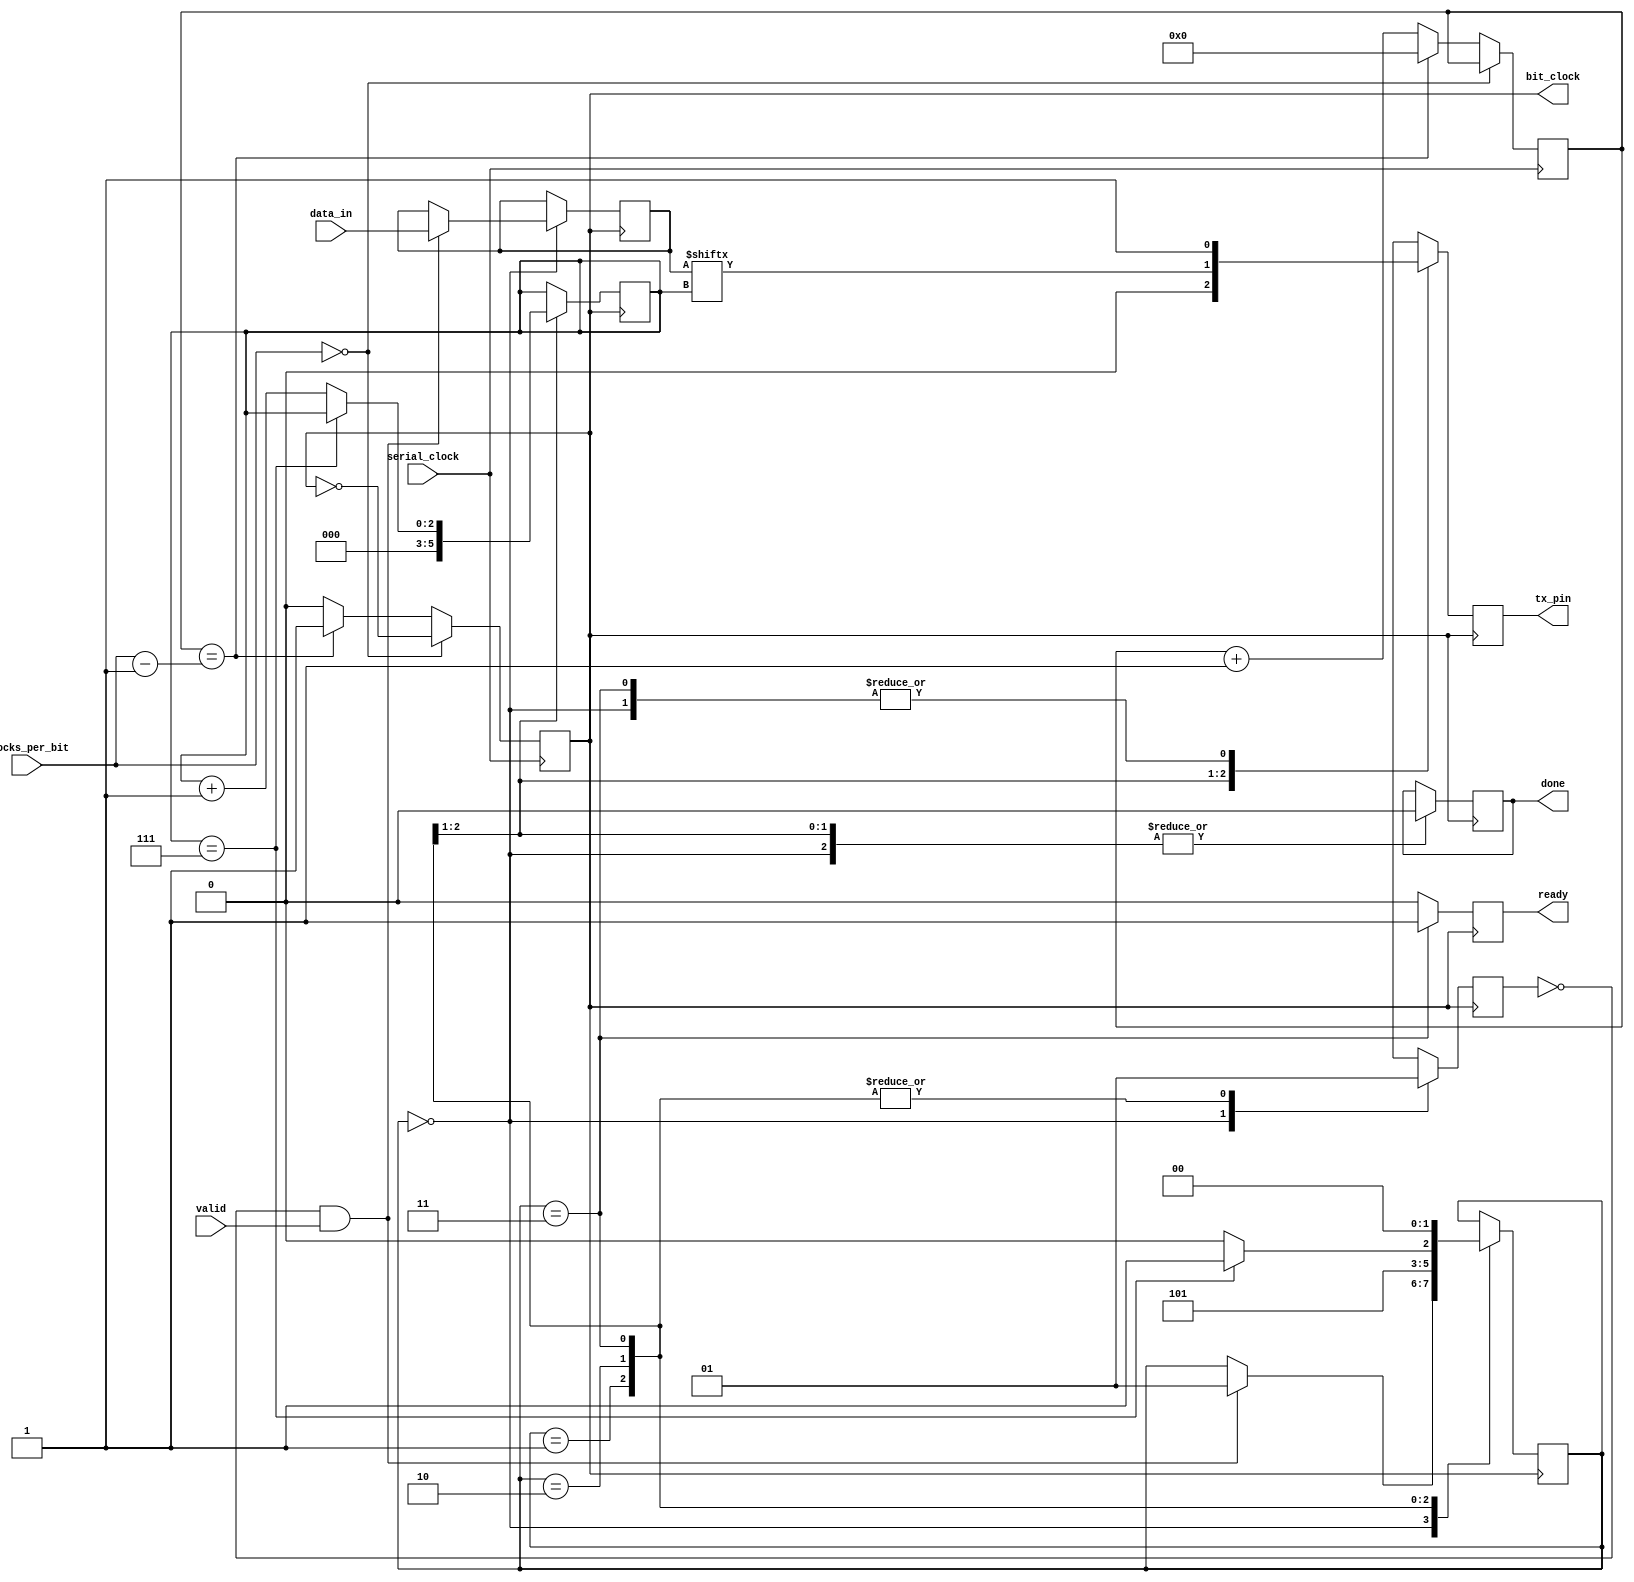
module usart_tx (
    input serial_clock,
    input [11:0] clocks_per_bit,
    output reg bit_clock = 1'b0,

    input [7:0] data_in,
    input valid,
    output reg ready,

    output reg done,
    output reg tx_pin
);

    localparam IDLE = 0;
    localparam START_BIT = 1;
    localparam DATA_BIT = 2;
    localparam STOP_BIT = 3;

    reg [11:0] clock_counter = 12'd0;

    reg [1:0] state = IDLE;
    reg [2:0] bit_counter = 3'd0;
    reg [7:0] data = 0;

    reg transmitting = 1'b0;

    initial begin
        ready <= 1'b0;
        done <= 1'b1;
        tx_pin <= 1'b1;
    end

    always @(posedge serial_clock) begin
        if (clocks_per_bit == 12'b0) begin
            bit_clock <= !bit_clock;
        end else if (clock_counter == clocks_per_bit - 12'd1) begin
            clock_counter <= 12'd0;
            bit_clock <= 1'b1;
        end else begin
            clock_counter <= clock_counter + 12'd1;
            bit_clock <= 1'b0;
        end
    end

    always @(posedge bit_clock) begin
        ready <= 1'b0;

        case (state)
            IDLE: begin
                transmitting <= 1'b0;
                done <= 1'b0;
                tx_pin <= 1'b1;
                if (!transmitting && valid) begin
                    state <= START_BIT;
                    data <= data_in;
                end
            end
            START_BIT: begin
                transmitting <= 1'b1;
                done <= 1'b0;
                tx_pin <= 1'b0;
                state <= DATA_BIT;
                bit_counter <= 0;
            end
            DATA_BIT: begin
                transmitting <= 1'b1;
                done <= 1'b0;
                tx_pin <= data[bit_counter];
                if (bit_counter == 3'd7) begin
                    state <= STOP_BIT;
                end else begin
                    state <= DATA_BIT;
                    bit_counter <= bit_counter + 3'd1;
                end
            end
            STOP_BIT: begin
                transmitting <= 1'b1;
                ready <= 1'b1;
                tx_pin <= 1'b1;
                state <= IDLE;
            end
        endcase
    end
endmodule